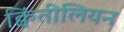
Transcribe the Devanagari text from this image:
क्विंतीलियन